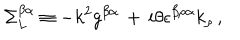
LaTeX: \Sigma _ { L } ^ { \beta \alpha } \equiv - k ^ { 2 } g ^ { \beta \alpha } \, + \, i \theta \epsilon ^ { \beta \rho \alpha } k _ { \rho } \, ,